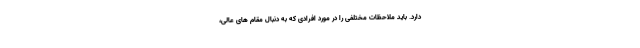
دارد. باید ملاحظات مختلفی را در مورد افرادی که به دنبال مقام های عالی،